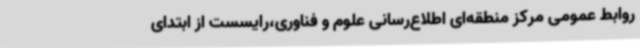
روابط عمومی مرکز منطقه‌ای اطلاع‌رسانی علوم و فناوری،رایسست از ابتدای